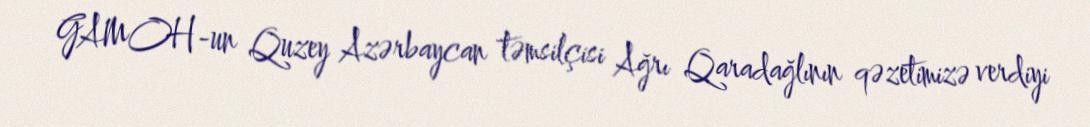
GAMOH-un Quzey Azərbaycan təmsilçisi Ağrı Qaradağlının qəzetimizə verdiyi